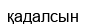
қадалсын